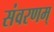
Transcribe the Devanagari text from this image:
संवरणम्